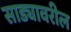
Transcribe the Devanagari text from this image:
साड्यावरील